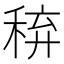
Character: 𥟋